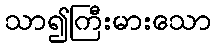
သာ၍ကြီးမားသော